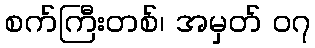
စက်ကြီးတစ်၊ အမှတ် ၀၇